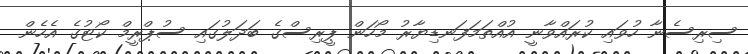
ސިރިސެނާ ހުވައި ކުރައްވާނީ އުއްތަމަފަނޑިޔާރު މޯހަން ޕީރިސްގެ ބަދަލުގައި ސުޕްރީމް ކޯޓުގެ އެހެން